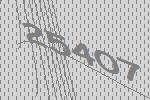
25407